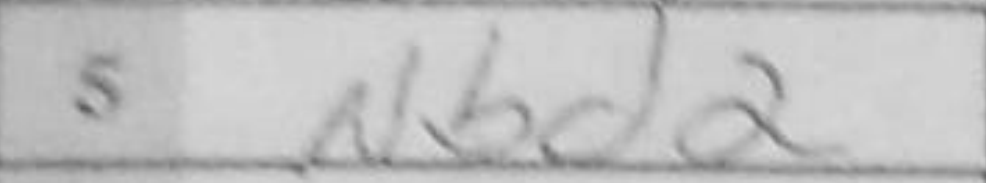
Transcription: Nbd2